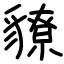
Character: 䝤